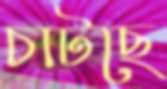
চাটছে